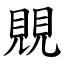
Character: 覞